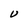
Character: U